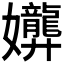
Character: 𫲟